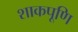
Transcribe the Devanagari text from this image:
शाकपूणि